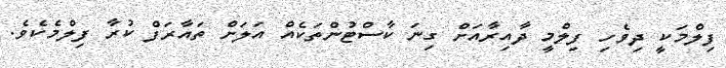
ފިލްމަކީ ދިވެހި ފިލްމީ ދާއިރާއަށް ގިނަ ކާސްޓުންތަކެއް އަލަށް ތައާރަފް ކުރާ ފިލްމެކެވެ.